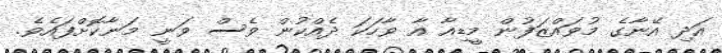
އަދި އޭނާގެ މުވައްޒަފުން މީޑިއާ އާ ވާހަކަ ދެއްކުން ވެސް ވަނީ މަނާކޮށްފައެވެ.